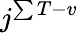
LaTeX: j^{\sum T-v}